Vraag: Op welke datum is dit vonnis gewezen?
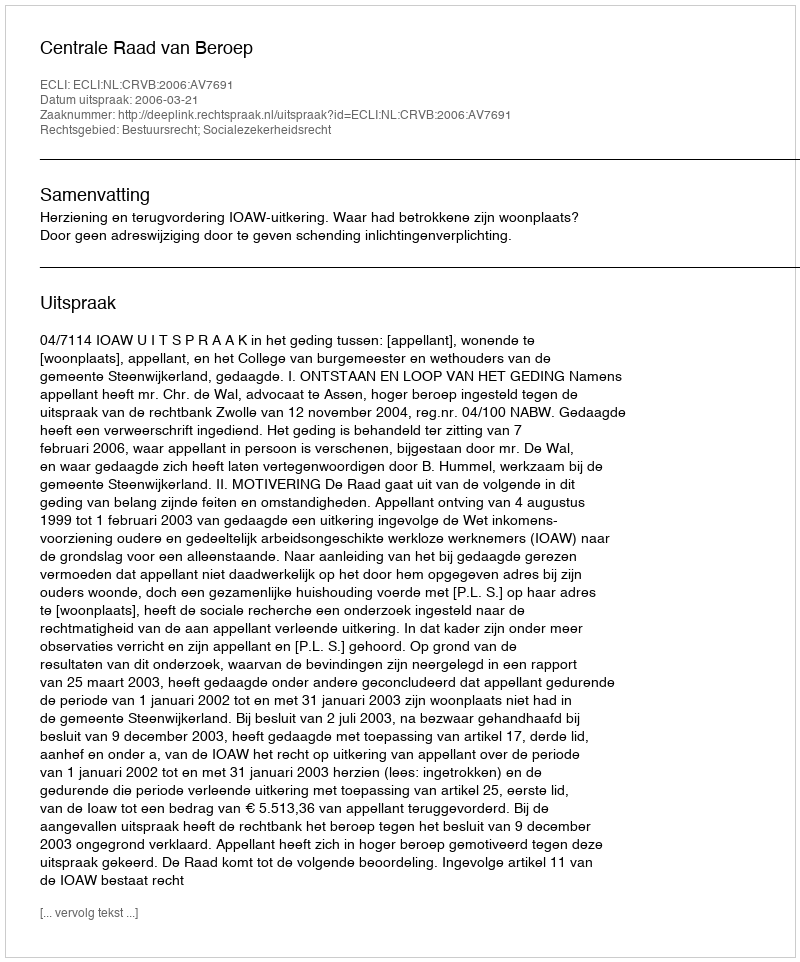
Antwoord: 2006-03-21